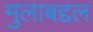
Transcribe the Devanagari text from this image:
मुलाबद्दल